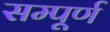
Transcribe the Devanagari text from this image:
सम्पूूूर्ण